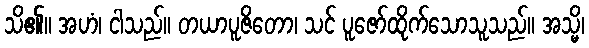
သိ၏။ အဟံ၊ ငါသည်။ တယာပူဇိတော၊ သင် ပူဇော်ထိုက်သောသူသည်။ အသ္မိ၊